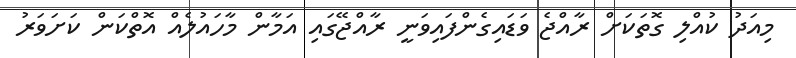
މިއަދު ކުއްލި ގޮތަކަށް ރާއްޖެ ވަޑައިގެންފައިވަނީ ރާއްޖޭގައި އަމާން މާހައުލެއް އޮތްކަން ކަށަވަރު